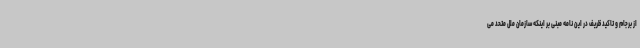
از برجام و تاکید ظریف در این نامه مبنی بر اینکه سازمان ملل متحد می